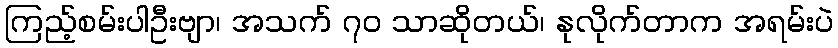
ကြည့်စမ်းပါဦးဗျာ၊ အသက် ၇၀ သာဆိုတယ်၊ နုလိုက်တာက အရမ်းပဲ